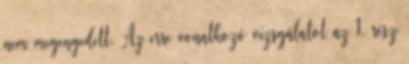
nem megengedett. Az erre vonatkozó vizsgálatot az 1. rész